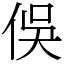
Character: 俁